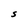
Character: S